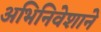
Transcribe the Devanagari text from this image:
अभिनिवेशाने